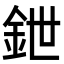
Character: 鉪